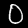
Label: 0